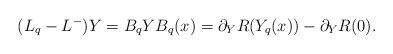
LaTeX: \begin{align*}(L_q-L^-)Y=B_qYB_q(x)=\partial_{Y}R(Y_q(x))-\partial_YR(0).\end{align*}